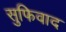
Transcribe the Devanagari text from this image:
सुफिवाद